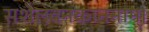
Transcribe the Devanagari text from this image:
सशैलवनकाननाम्।